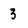
Character: 3